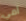
أمي